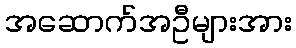
အဆောက်အဦများအား